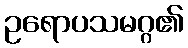
ဥရောပသမဂ္ဂ၏